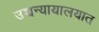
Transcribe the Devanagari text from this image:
उच्चन्यायालयात